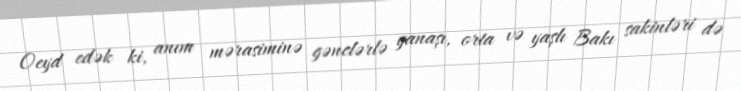
Oeyd edək ki, anım mərasiminə gənclərlə yanaşı, orta və yaşlı Bakı sakinləri də